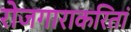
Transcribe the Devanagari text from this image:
रोजगाराकरितां